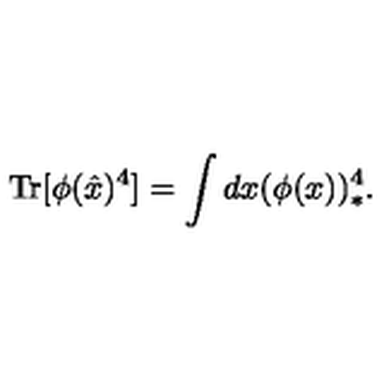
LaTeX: \mathrm { T r } [ \phi ( \hat { x } ) ^ { 4 } ] = \int d x ( \phi ( x ) ) _ { * } ^ { 4 } .